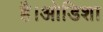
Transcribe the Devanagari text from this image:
है।ओडिशा